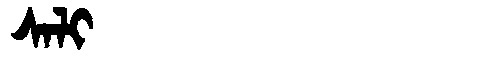
Manchu: ᠰᠠᠯᡳ
Romanization: SALI